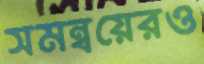
সমন্বয়েরও